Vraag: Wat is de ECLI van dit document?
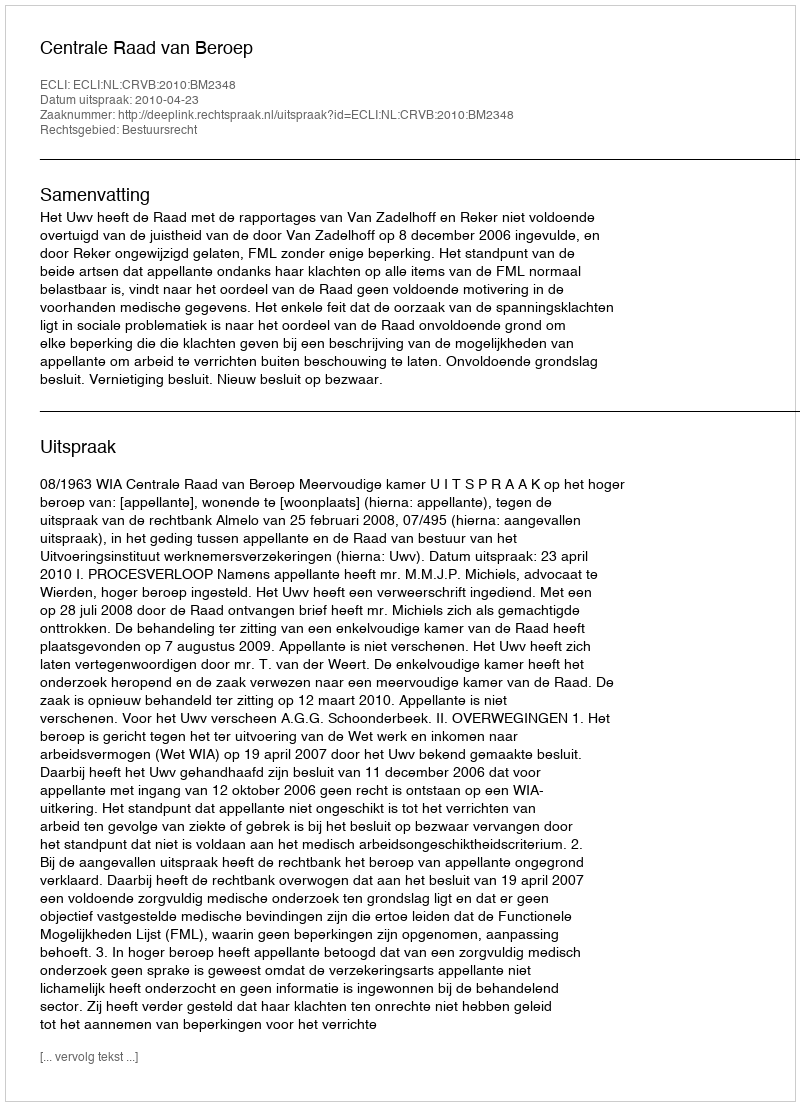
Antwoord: ECLI:NL:CRVB:2010:BM2348